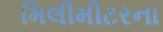
મિલીમીટરના